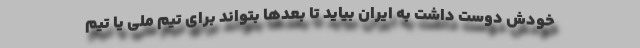
خودش دوست داشت به ایران بیاید تا بعدها بتواند برای تیم ملی یا تیم